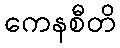
ကေနစီတိ